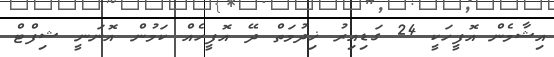
އިޝާމެން އޮފީހަކީ 24 ގަޑިއިރު ޚިދުމަތް ދޭ އޮފީހެއް ކަމުން އޮނަނީ ޝިފްޓް